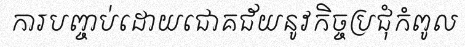
ការបញ្ចប់ដោយជោគជ័យនូវកិច្ចប្រជុំកំពូល